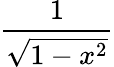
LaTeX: \frac{1}{\sqrt{1-x^{2}}}